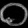
Digit: ၀